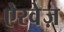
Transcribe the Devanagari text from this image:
ऐरवेज़